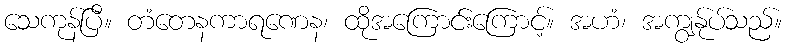
သေကုန်ပြီ။ တံတေနကာရဏေန၊ ထိုအကြောင်းကြောင့်။ အဟံ၊ အကျွန်ုပ်သည်။